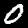
Digit: 0